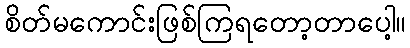
စိတ်မကောင်းဖြစ်ကြရတော့တာပေါ့။